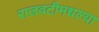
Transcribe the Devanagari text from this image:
राजवटीमधल्या